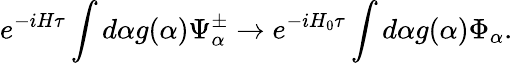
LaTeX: e^{-iH\tau}\int d\alpha g(\alpha)\Psi_{\alpha}^{\pm}\rightarrow e^{-iH_{0}\tau}\int d\alpha g(\alpha)\Phi_{\alpha}.